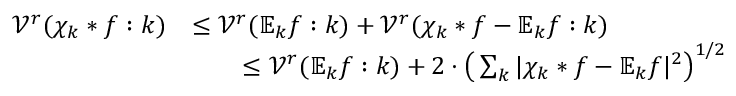
\begin{array} { r l } { \mathcal { V } ^ { r } ( \chi _ { k } * f : k ) } & { \leq \mathcal { V } ^ { r } ( \mathbb { E } _ { k } f : k ) + \mathcal { V } ^ { r } ( \chi _ { k } * f - \mathbb { E } _ { k } f : k ) } \\ & { \qquad \leq \mathcal { V } ^ { r } ( \mathbb { E } _ { k } f : k ) + 2 \cdot \big ( \sum _ { k } | \chi _ { k } * f - \mathbb { E } _ { k } f | ^ { 2 } \big ) ^ { 1 / 2 } } \end{array}